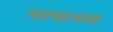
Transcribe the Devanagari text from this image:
नरमानस